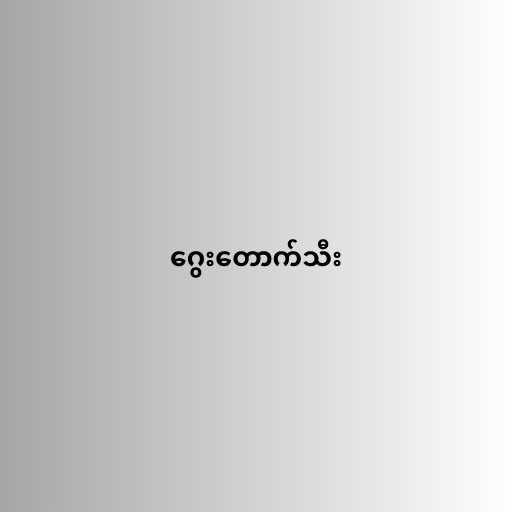
ဂွေးတောက်သီး